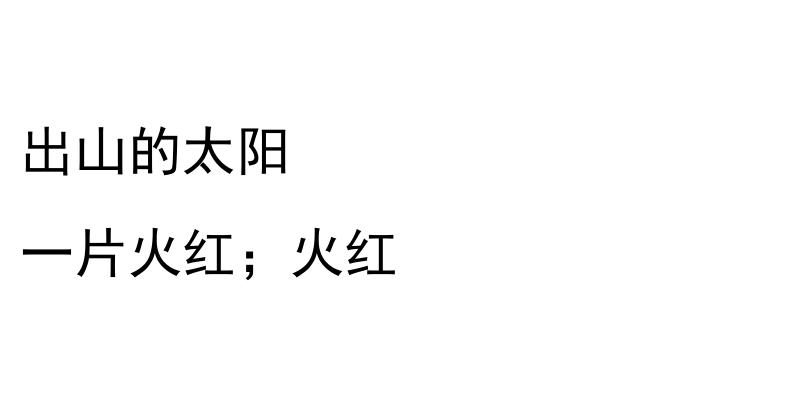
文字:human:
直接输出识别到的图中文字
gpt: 出山的太阳 一片火红；火红